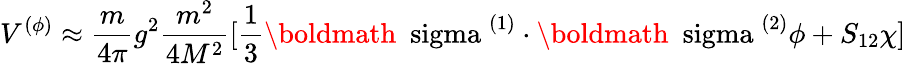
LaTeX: V^{(\phi)}\approx\frac{m}{4\pi}g^{2}\frac{m^{2}}{4M^{2}}[\frac{1}{3}\mathrm{\boldmath~\ sigma~}^{(1)}\cdot\mathrm{\boldmath~\ sigma~}^{(2)}\phi+S_{12}\chi]